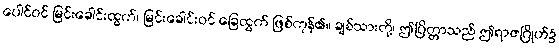
ပေါင်ဝင် မြင်းခေါင်းထွက်၊ မြင်းခေါင်းဝင် ခြေထွက် ဖြစ်ကုန်၏။ ချစ်သားတို့၊ ဤပြိတ္တာသည် ဤရာဇဂြိုဟ်၌